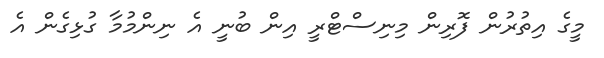
މީގެ އިތުރުން ފޮރިން މިނިސްޓްރީ އިން ބުނީ އެ ނިންމުމާ ގުޅިގެން އެ